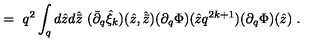
\ = \ q ^ { 2 } \int _ { q } d { \hat { z } } d { \hat { \bar { z } } } \ ( { \bar { \partial } } _ { q } { \hat { \xi } } _ { k } ) ( { \hat { z } } , { \hat { \bar { z } } } ) ( \partial _ { q } \Phi ) ( { \hat { z } } q ^ { 2 k + 1 } ) ( \partial _ { q } \Phi ) ( { \hat { z } } ) \ .